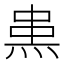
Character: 𤊌